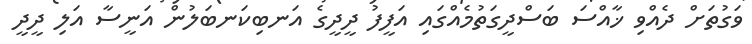
ވަގުތަށް ދެއްވި ޚާއްސަ ބަސްދީގަތުމެއްގައި އަފީފު ދީދީގެ އަނބިކަނބަލުން އަނީސާ އަލި ދީދީ